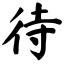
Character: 待